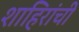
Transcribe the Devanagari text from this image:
शाहिरांची